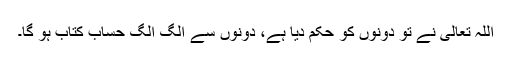
اللہ تعالیٰ نے تو دونوں کو حکم دیا ہے، دونوں سے الگ الگ حساب کتاب ہو گا۔